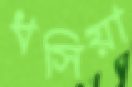
ধসিয়া